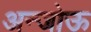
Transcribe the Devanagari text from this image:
अन्जोऊ